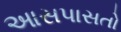
આસપાસતો